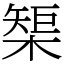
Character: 榘